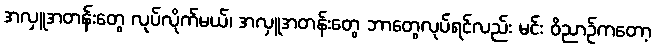
အလှူအတန်းတွေ လုပ်လိုက်မယ်၊ အလှူအတန်းတွေ ဘာတွေလုပ်ရင်လည်း မင်း ဝိညာဉ်ကတော့